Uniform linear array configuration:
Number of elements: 32
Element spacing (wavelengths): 0.5
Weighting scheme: kaiser
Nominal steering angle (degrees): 0
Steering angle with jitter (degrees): -0.5476
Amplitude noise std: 0.05
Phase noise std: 0.05

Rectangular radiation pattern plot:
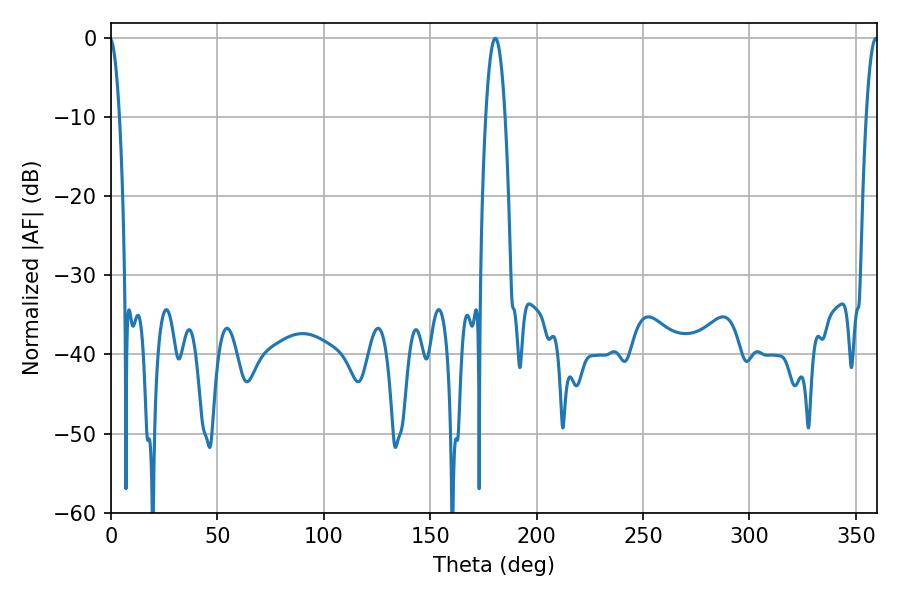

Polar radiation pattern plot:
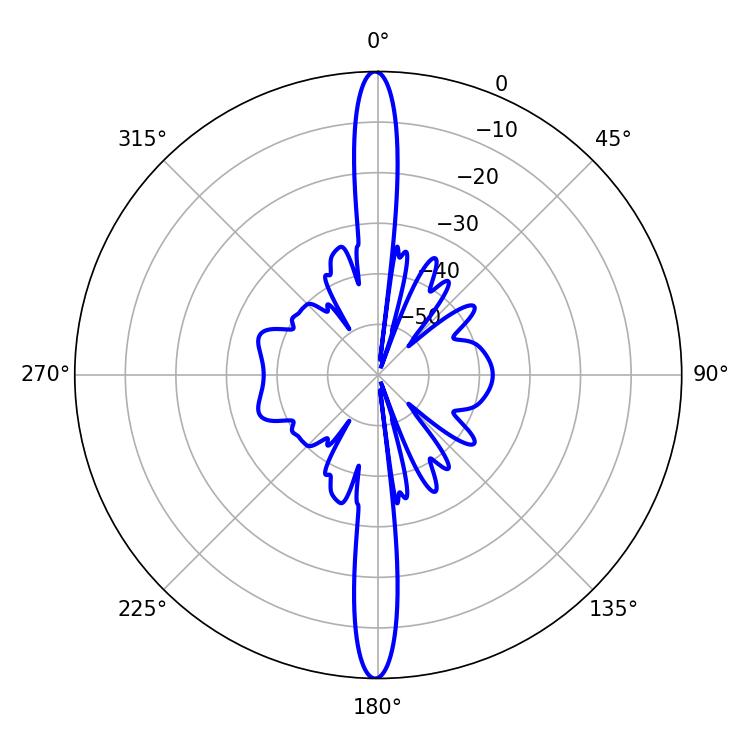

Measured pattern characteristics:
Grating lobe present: FALSE
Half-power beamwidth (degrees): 5.04
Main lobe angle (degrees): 180.54